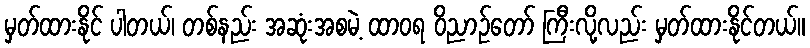
မှတ်ထားနိုင် ပါတယ်၊ တစ်နည်း အဆုံးအစမဲ့ ထာဝရ ဝိညာဉ်တော် ကြီးလို့လည်း မှတ်ထားနိုင်တယ်။